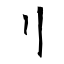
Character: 刂